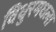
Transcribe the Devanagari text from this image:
विधुरमधला